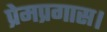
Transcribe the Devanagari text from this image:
प्रेमप्रगास।